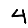
Digit: 4